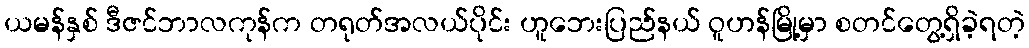
ယမန်နှစ် ဒီဇင်ဘာလကုန်က တရုတ်အလယ်ပိုင်း ဟူဘေးပြည်နယ် ဝူဟန်မြို့မှာ စတင်တွေ့ရှိခဲ့ရတဲ့